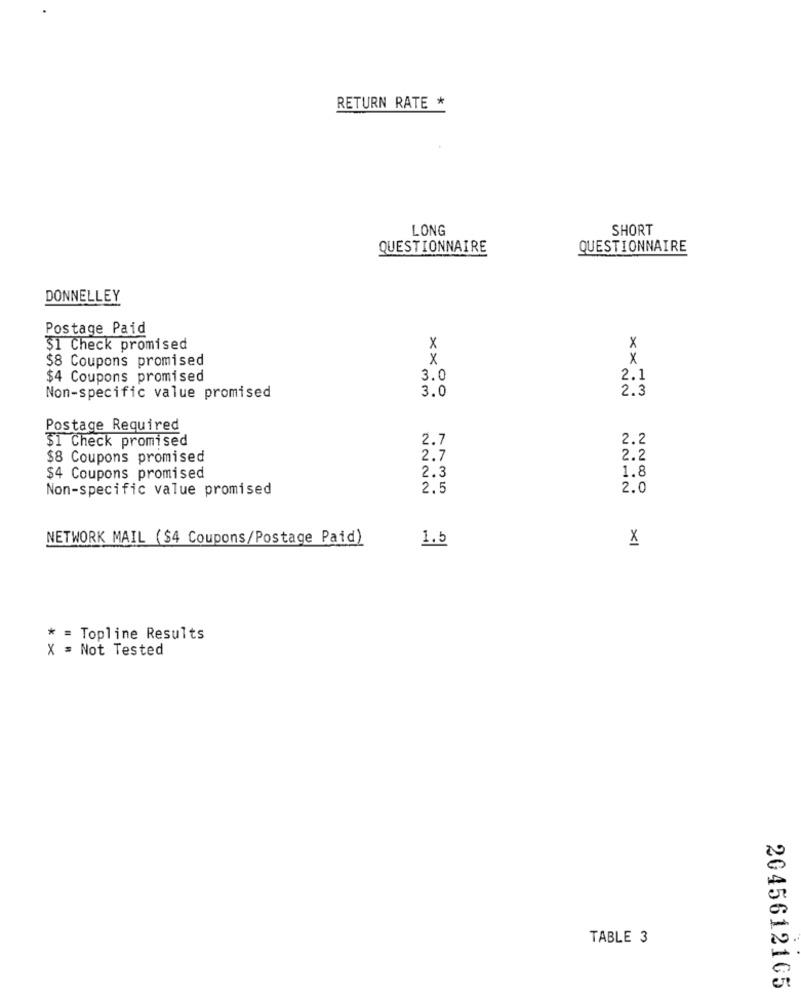
RETURN RATE *
LONG
SHORT
QUESTIONNAIRE
QUESTIONNAIRE
DONNELLEY
Postage Paid
$1 Check promised
X
x
$8 Coupons promised
x
X
$4 Coupons promised
3.0
2.1
2.3
Non-specific value promised
3.0
Postage Required
31 Check promised
2.7
2.2
$8 Coupons promised
2.7
2.2
$4 Coupons promised
2.3
1.8
Non-specific value promised
2.5
2.0
NETWORK MAIL ($4 Coupons/Postage Paid)
1.5
X
* = Topline Results
X = Not Tested
TABLE 3
2045612105